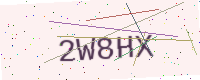
Text: 2W8HX